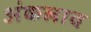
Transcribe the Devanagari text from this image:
अंकलाव